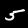
Label: 5